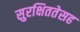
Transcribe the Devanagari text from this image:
सुरक्षिततेसह